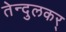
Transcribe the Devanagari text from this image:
तेन्दुलकर्